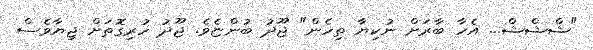
"ޝްޝްޝް... އެހާ ބާރަށް ނުކިޔާ ތިހެން" ޖޫދު ބުންޏެވެ. ޖޫދު ހުރިގޮތަށް ޖިޔާވެސް